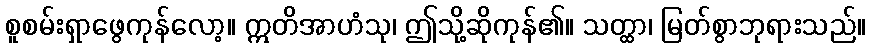
စူစမ်းရှာဖွေကုန်လော့။ ဣတိအာဟံသု၊ ဤသို့ဆိုကုန်၏။ သတ္ထာ၊ မြတ်စွာဘုရားသည်။